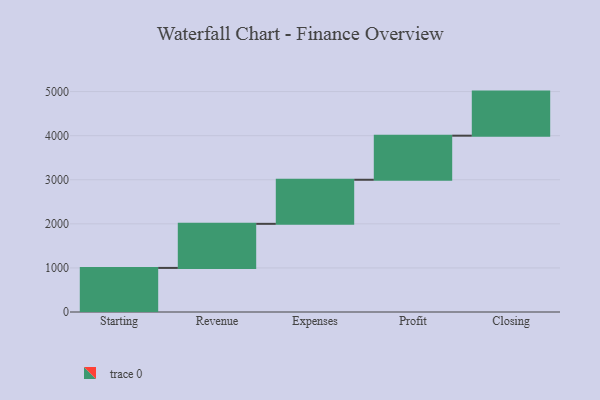
{"axis": {"x": "Step", "y": "Value"}, "legend": [""], "data": [{"x": "Starting", "y": 1000, "type": ""}, {"x": "Revenue", "y": 1000, "type": ""}, {"x": "Expenses", "y": 1000, "type": ""}, {"x": "Profit", "y": 1000, "type": ""}, {"x": "Closing", "y": 1000, "type": ""}]}